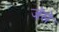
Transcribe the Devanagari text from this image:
जॅसे